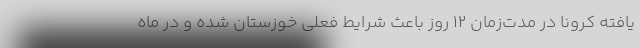
یافته کرونا در مدت‌زمان ۱۲ روز باعث شرایط فعلی خوزستان شده و در ماه